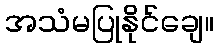
အသံမပြုနိုင်ချေ။